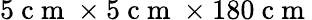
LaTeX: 5\mathrm{~c~m~}\times 5\mathrm{~c~m~}\times 180\mathrm{~c~m~}